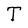
Character: T